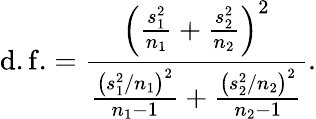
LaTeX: \mathrm{d.f.}={\frac{\left({\frac{s_{1}^{2}}{n_{1}}}+{\frac{s_{2}^{2}}{n_{2}}}\right)^{2}}{{\frac{\left(s_{1}^{2}/n_{1}\right)^{2}}{n_{1}-1}}+{\frac{\left(s_{2}^{2}/n_{2}\right)^{2}}{n_{2}-1}}}}.